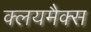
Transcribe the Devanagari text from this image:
क्लयमैक्स